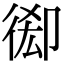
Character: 𢔘